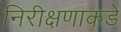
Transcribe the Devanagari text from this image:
निरीक्षणाकडे